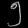
Digit: ၅